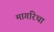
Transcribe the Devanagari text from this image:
मार्गारेथा